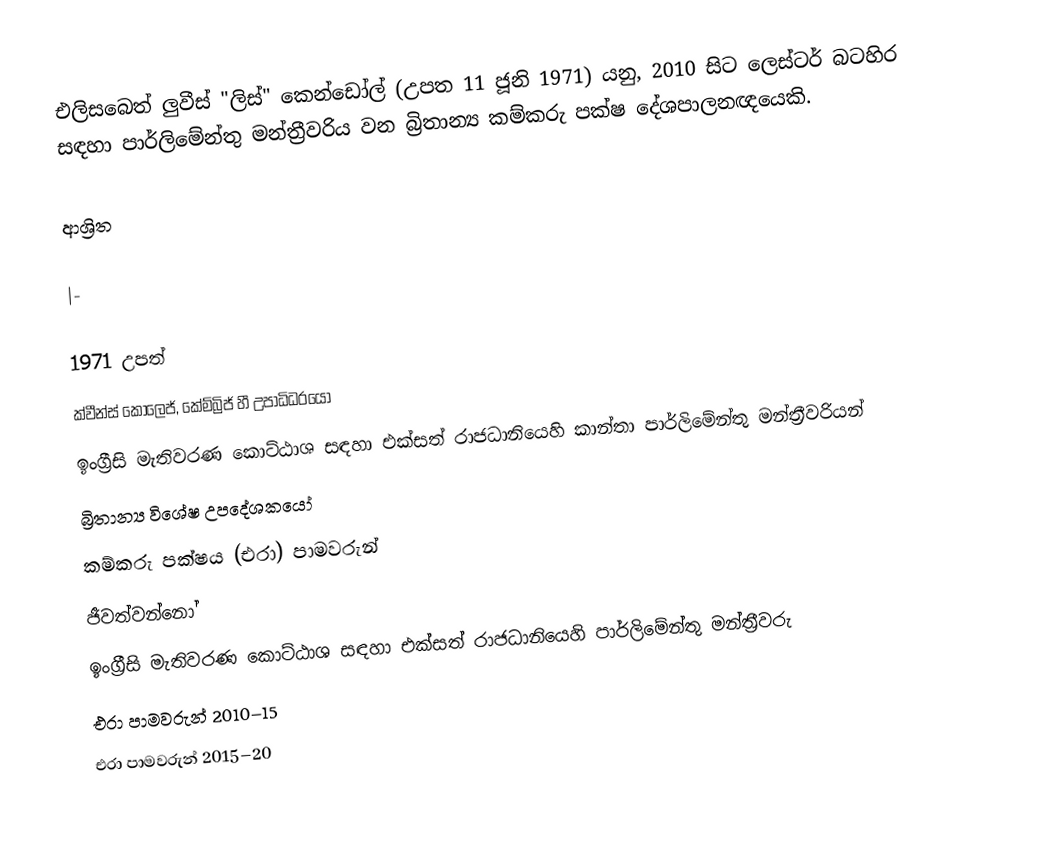
එලිසබෙත් ලුවීස් "ලිස්" කෙන්ඩෝල් (උපත 11 ජූනි 1971) යනු,  2010 සිට ලෙස්ටර් බටහිර  සඳහා පාර්ලිමේන්තු මන්ත්‍රීවරිය  වන බ්‍රිතාන්‍ය කම්කරු පක්ෂ දේශපාලනඥයෙකි.

ආශ්‍රිත

|-

1971 උපත්
 ක්වීන්ස් කොලෙජ්, කේම්බ්‍රිජ් හී උපාධිධරයෝ
ඉංග්‍රීසි මැතිවරණ කොට්ඨාශ සඳහා එක්සත් රාජධානියෙහි කාන්තා පාර්ලිමේන්තු මන්ත්‍රීවරියන්
බ්‍රිතාන්‍ය විශේෂ උපදේශකයෝ
කම්කරු පක්ෂය (එරා) පාමවරුන්
ජීවත්වන්නෝ
 ඉංග්‍රීසි මැතිවරණ කොට්ඨාශ සඳහා එක්සත් රාජධානියෙහි පාර්ලිමේන්තු මන්ත්‍රීවරු
එරා පාමවරුන් 2010–15
එරා පාමවරුන් 2015–20